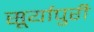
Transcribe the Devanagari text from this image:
सूर्यापुरी